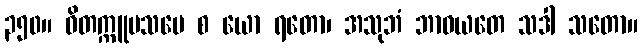
၃၅၀။ ဝိတက္ကူပသမေ စ ယော ရတော၊ အသုဘံ ဘာဝယတေ သဒါ သတော။